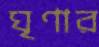
ঘৃণার